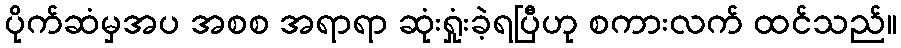
ပိုက်ဆံမှအပ အစစ အရာရာ ဆုံးရှုံးခဲ့ရပြီဟု စကားလက် ထင်သည်။